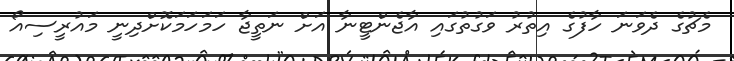
މެޗުގެ ދެވަނަ ހާފުގެ އިތުރު ވަގުތުގައި އާޖެންޓީނާ އަށް ނަތީޖާ ހަމަހަމަކޮށްދިނީ މައުރީސިއޯ